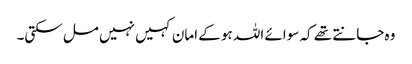
وہ جانتے تھے کہ سوائے اللہ ہو کے امان کہیں نہیں مل سکتی۔